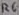
Text: R6